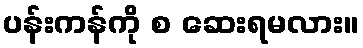
ပန်းကန်ကို စ ဆေးရမလား။